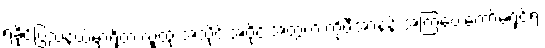
ရခိုင်ပြည်နယ်မှာရှိတဲ့ လူထု အသိုင်းအဝိုင်းအတွက် ကိုဖီအာနန် အကြံပေးကော်မရှင်ရဲ့